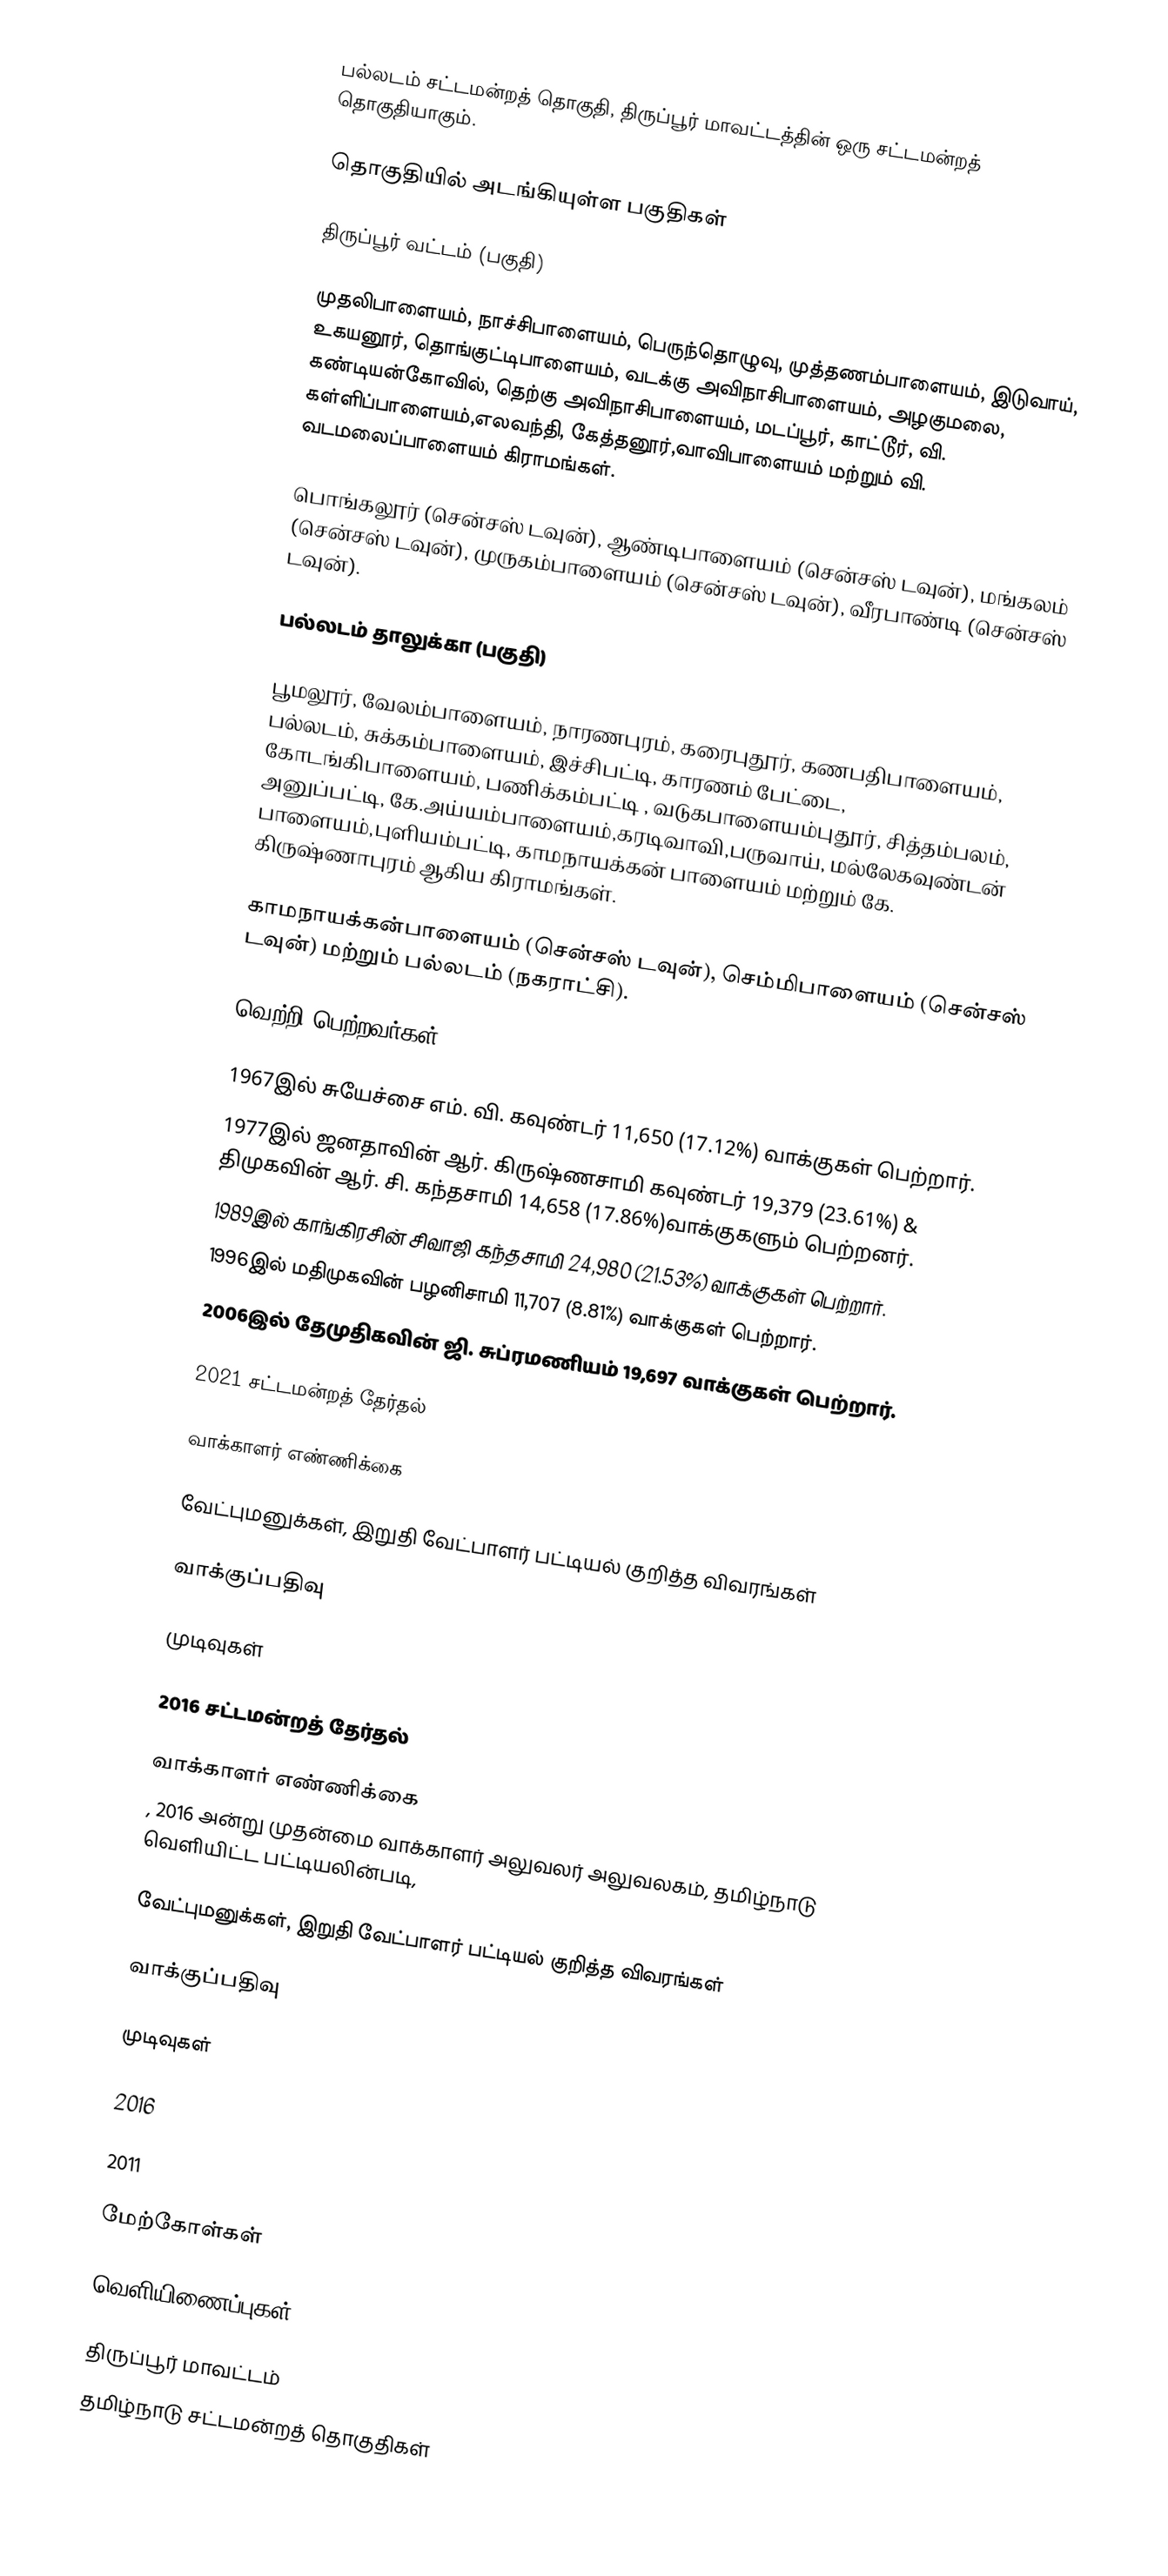
பல்லடம் சட்டமன்றத் தொகுதி, திருப்பூர் மாவட்டத்தின் ஒரு சட்டமன்றத் தொகுதியாகும்.

தொகுதியில் அடங்கியுள்ள பகுதிகள்

 திருப்பூர் வட்டம் (பகுதி)

முதலிபாளையம், நாச்சிபாளையம், பெருந்தொழுவு, முத்தணம்பாளையம், இடுவாய், உகயனூர், தொங்குட்டிபாளையம், வடக்கு அவிநாசிபாளையம், அழகுமலை, கண்டியன்கோவில், தெற்கு அவிநாசிபாளையம், மடப்பூர், காட்டூர், வி. கள்ளிப்பாளையம்,எலவந்தி, கேத்தனூர்,வாவிபாளையம் மற்றும் வி. வடமலைப்பாளையம் கிராமங்கள்.

பொங்கலூர் (சென்சஸ் டவுன்), ஆண்டிபாளையம் (சென்சஸ் டவுன்), மங்கலம் (சென்சஸ் டவுன்), முருகம்பாளையம் (சென்சஸ் டவுன்), வீரபாண்டி (சென்சஸ் டவுன்).

 பல்லடம் தாலுக்கா (பகுதி)

பூமலூர், வேலம்பாளையம், நாரணபுரம், கரைபுதூர், கணபதிபாளையம், பல்லடம், சுக்கம்பாளையம், இச்சிபட்டி, காரணம் பேட்டை, கோடங்கிபாளையம், பணிக்கம்பட்டி , வடுகபாளையம்புதூர், சித்தம்பலம், அனுப்பட்டி, கே.அய்யம்பாளையம்,கரடிவாவி,பருவாய், மல்லேகவுண்டன் பாளையம்,புளியம்பட்டி, காமநாயக்கன் பாளையம் மற்றும் கே. கிருஷ்ணாபுரம் ஆகிய கிராமங்கள்.

காமநாயக்கன்பாளையம் (சென்சஸ் டவுன்), செம்மிபாளையம் (சென்சஸ் டவுன்) மற்றும் பல்லடம் (நகராட்சி).

வெற்றி பெற்றவர்கள்

1967இல் சுயேச்சை எம். வி. கவுண்டர் 11,650 (17.12%) வாக்குகள் பெற்றார்.
1977இல் ஜனதாவின் ஆர். கிருஷ்ணசாமி கவுண்டர் 19,379 (23.61%) & திமுகவின் ஆர். சி. கந்தசாமி 14,658 (17.86%)வாக்குகளும் பெற்றனர்.
1989இல் காங்கிரசின் சிவாஜி கந்தசாமி 24,980 (21.53%) வாக்குகள் பெற்றார்.
1996இல் மதிமுகவின் பழனிசாமி 11,707 (8.81%) வாக்குகள் பெற்றார்.
2006இல் தேமுதிகவின் ஜி. சுப்ரமணியம் 19,697 வாக்குகள் பெற்றார்.

2021 சட்டமன்றத் தேர்தல்

வாக்காளர் எண்ணிக்கை

வேட்புமனுக்கள், இறுதி வேட்பாளர் பட்டியல் குறித்த விவரங்கள்

வாக்குப்பதிவு

முடிவுகள்

2016 சட்டமன்றத் தேர்தல்

வாக்காளர் எண்ணிக்கை
, 2016 அன்று முதன்மை வாக்காளர் அலுவலர் அலுவலகம், தமிழ்நாடு வெளியிட்ட பட்டியலின்படி,

வேட்புமனுக்கள், இறுதி வேட்பாளர் பட்டியல் குறித்த விவரங்கள்

வாக்குப்பதிவு

முடிவுகள்

2016

2011

மேற்கோள்கள்

வெளியிணைப்புகள்

திருப்பூர் மாவட்டம்
தமிழ்நாடு சட்டமன்றத் தொகுதிகள்